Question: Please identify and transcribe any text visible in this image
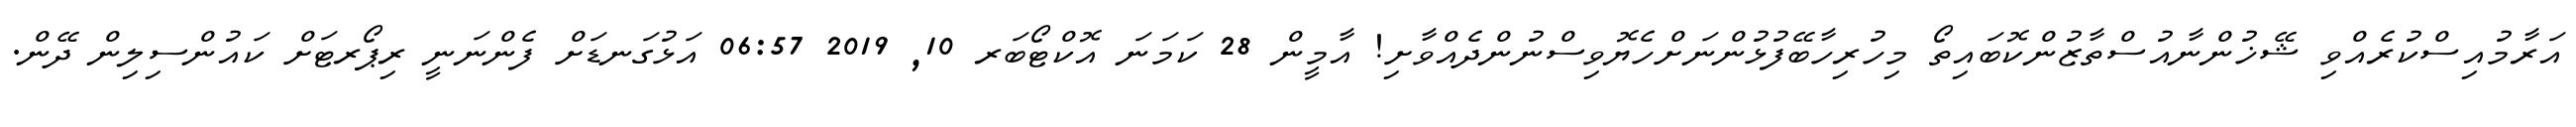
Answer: އަރާމުއިސްކުރެއްވި ޝޭޚުންނާއުސްތާޒުންކޮބައިތޯ މިހުރިހާބޭފުޅުންނަށްހެޔޮވިސްނުންދެއްވާށި! އާމީން 28 ކަމަނަ އޮކްޓޯބަރ 10, 2019 06:57 އަޅުގަނޑަށް ފެންނަނީ ރިޕޯރޓަށް ކައުންސިލިން ދޭން.